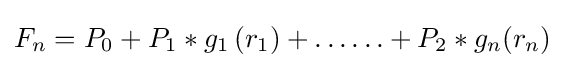
{{F}_{n}}={{P}_{0}}+{{P}_{1}}*{{g}_{1}}\left({{r}_{1}}\right)+\ldots \ldots +{{P}_{2}}*{{g}_{n}}({{r}_{n}})